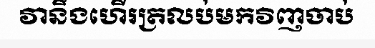
វានឹងហើរត្រលប់មកវិញចាប់